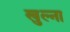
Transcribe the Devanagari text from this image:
खुल्ना